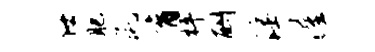
任肥彘育枰酬淫渥